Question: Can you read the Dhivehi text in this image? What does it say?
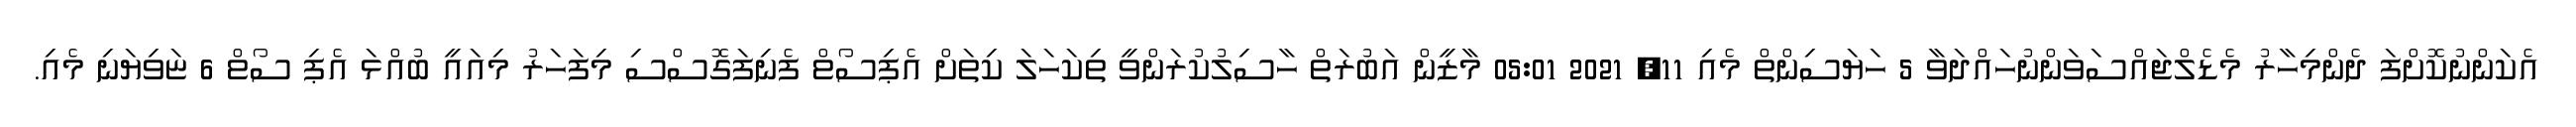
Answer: އެކަންނުކޮށްފަ ދެންމިހާރު މެޑެލްޖައްސަވަންނުހައްދަވާ 5 ހަޔަސިންތް މެއި 11, 2021 05:01 މާޒީން އަބުރަތް ހާސިލުކުރަންވީ ތިކަހަލަ ކިތަށް އެޕިސޯޱް ފެނިފަގޮސްސި މިފަހަރު މިއައީ ބުއްޅަ އެޕި ސޯޱް 6 ޏަވިޔަނި މެއި.